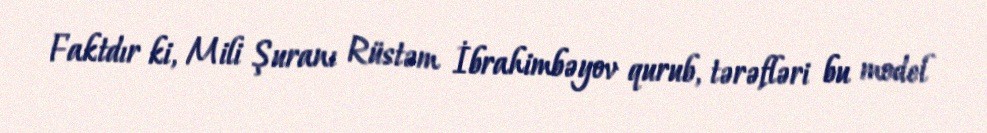
Faktdır ki, Mili Şuranı Rüstəm İbrahimbəyov qurub, tərəfləri bu model